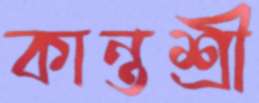
কান্তশ্রী